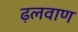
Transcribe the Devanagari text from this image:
ढ़लवाण